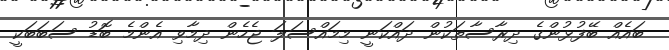
ބައެއް ބޭފުޅުންގެ ދިރާސާތަކުން ދައްކަނީ މިމައްސަލަ ޖެހެން ދިމާވި އެންމެ ބޮޑު ސަބަބަކީ